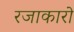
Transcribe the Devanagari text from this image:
रजाकारो